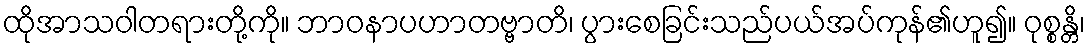
ထိုအာသဝါတရားတို့ကို။ ဘာဝနာပဟာတဗ္ဗာတိ၊ ပွားစေခြင်းသည်ပယ်အပ်ကုန်၏ဟူ၍။ ဝုစ္စန္တိ၊